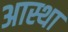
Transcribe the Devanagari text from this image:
अास्था